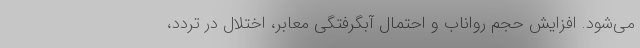
می‌شود. افزایش حجم رواناب و احتمال آبگرفتگی معابر، اختلال در تردد،